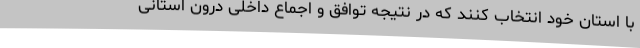
با استان خود انتخاب کنند که در نتیجه توافق و اجماع داخلی درون استانی